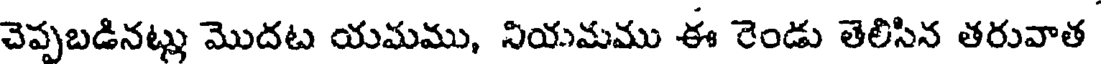
చెప్పబడినట్లు మొదట యమము, నియమము ఈ రెండు తెలిసిన తరువాత